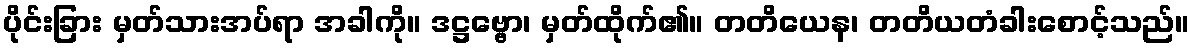
ပိုင်းခြား မှတ်သားအပ်ရာ အခါကို။ ဒဋ္ဌဗ္ဗော၊ မှတ်ထိုက်၏။ တတိယေန၊ တတိယတံခါးစောင့်သည်။